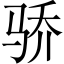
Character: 骄